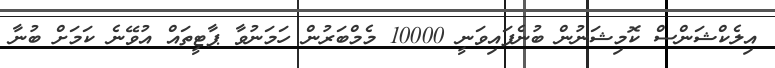
އިލެކްޝަންސް ކޮމިޝަނުން ބުނެފައިވަނީ 10000 މެމްބަރުން ހަމަނުވާ ޕާޓީތައް އުވޭނެ ކަމަށް ބުނާ